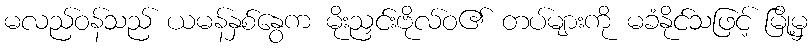
မလည်ဝန်သည် ယမန်နှစ်နွေက မိုးညှင်းဗိုလ်ဝ၏ တပ်များကို မခံနိုင်သဖြင့် မြို့မှ